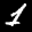
Label: 1